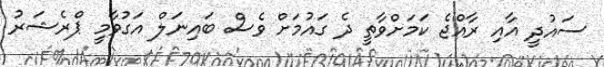
ސައުދީ އާއި ރާއްޖެ ކަމަށްވާތީ ދެ ގައުމަށް ވެސް ބައިނަލް އަގުވާމީ ޕްރެޝަރު